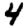
Digit: 4